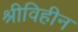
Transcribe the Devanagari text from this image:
श्रीविहीन